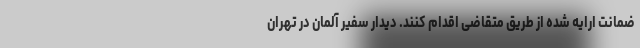
ضمانت ارایه شده از طریق متقاضی اقدام کنند. دیدار سفیر آلمان در تهران